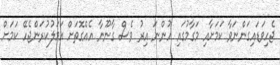
ޖެހިވަޑައިގަންނަވާ ކަމަށާއި މަގާމުގައި ހުންނަ އިރު ވެސް ގާނޫނާ އެއްގޮތަށް އަމަލުކުރަންޖެހޭ ކަމަށް